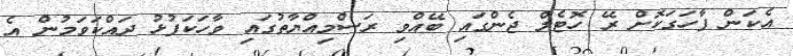
އެކަން ފާހަގަކޮށް ރޭ ހޮޓެލް ޖެންގައި ބޭއްވި ރަސްމިއްޔާތުގައި ވާހަކަފުޅު ދައްކަވަމުން އެ